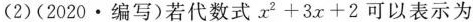
(2)(2020·编写)若代数式$$x^{2}+3x+2$$可以表示为